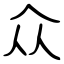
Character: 众